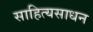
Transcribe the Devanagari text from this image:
साहित्यसाधन